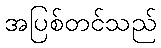
အပြစ်တင်သည်